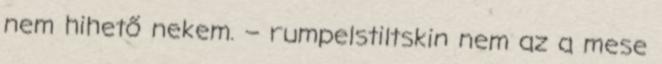
nem hihető nekem. – rumpelstiltskin nem az a mese